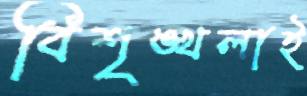
বিশৃঙ্খলাই